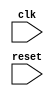
module generate_for_loop_example (
    input wire clk,
    input wire reset
);

reg [3:0] counter;

always @(posedge clk or posedge reset) begin
    if (reset) begin
        counter <= 0;
    end else begin
        counter <= counter + 1;
    end
end

// Generate For Loop
genvar i;
generate
    for (i = 0; i < 4; i = i + 1) begin
        // Place your code here to be replicated 4 times
    end
endgenerate

endmodule